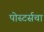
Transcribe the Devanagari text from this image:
पोस्टर्सचा